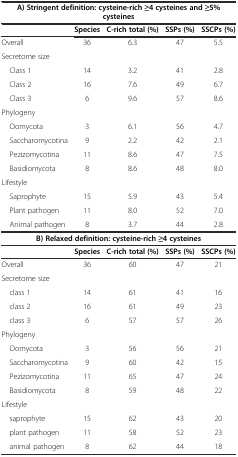
| <COLSPAN=5> A) Stringent definition: cysteine-rich ≥4 cysteines and ≥5% cysteines |
 |  | Species | C-rich total (%) | SSPs (%) | SSCPs (%) |
 | --- | --- | --- | --- | --- |
 | Overall | 36 | 6.3 | 47 | 5.5 |
 | Secretome size |  |  |  |  |
 | Class 1 | 14 | 3.2 | 41 | 2.8 |
 | Class 2 | 16 | 7.6 | 49 | 6.7 |
 | Class 3 | 6 | 9.6 | 57 | 8.6 |
 | Phylogeny |  |  |  |  |
 | Oomycota | 3 | 6.1 | 56 | 4.7 |
 | Saccharomycotina | 9 | 2.2 | 42 | 2.1 |
 | Pezizomycotina | 11 | 8.6 | 47 | 7.5 |
 | Basidiomycota | 8 | 8.6 | 48 | 8.0 |
 | Lifestyle |  |  |  |  |
 | Saprophyte | 15 | 5.9 | 43 | 5.4 |
 | Plant pathogen | 11 | 8.0 | 52 | 7.0 |
 | Animal pathogen | 8 | 3.7 | 44 | 2.8 |
 | <COLSPAN=5> B) Relaxed definition: cysteine-rich ≥4 cysteines |
 |  | Species | C-rich total (%) | SSPs (%) | SSCPs (%) |
 | Overall | 36 | 60 | 47 | 21 |
 | Secretome size |  |  |  |  |
 | class 1 | 14 | 61 | 41 | 16 |
 | class 2 | 16 | 61 | 49 | 23 |
 | class 3 | 6 | 57 | 57 | 26 |
 | Phylogeny |  |  |  |  |
 | Oomycota | 3 | 56 | 56 | 21 |
 | Saccharomycotina | 9 | 60 | 42 | 15 |
 | Pezizomycotina | 11 | 65 | 47 | 24 |
 | Basidiomycota | 8 | 59 | 48 | 22 |
 | Lifestyle |  |  |  |  |
 | saprophyte | 15 | 62 | 43 | 20 |
 | plant pathogen | 11 | 58 | 52 | 23 |
 | animal pathogen | 8 | 62 | 44 | 18 |